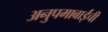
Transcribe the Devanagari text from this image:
अनुपमाबाईंची